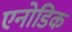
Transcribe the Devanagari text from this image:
एनोडिक